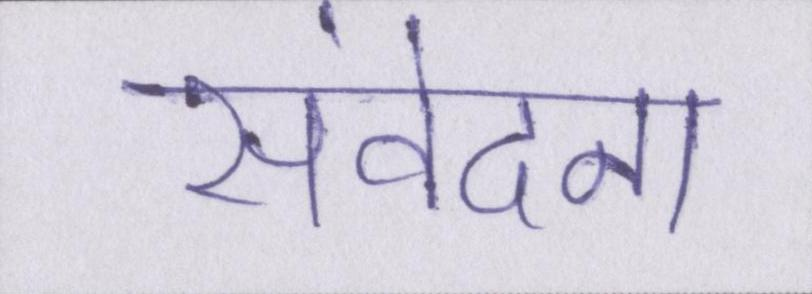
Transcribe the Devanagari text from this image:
संवेदना